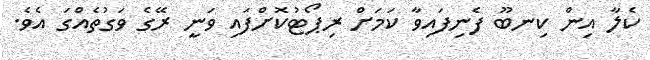
ކެލާ އިން ކިނބޫ ފެނިފައިވާ ކަމަށް ރިޕޯޓުކޮށްފައި ވަނީ ރޭގެ ވަގުތެއްގަ އެވެ.